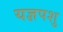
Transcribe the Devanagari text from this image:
यज्ञपशु